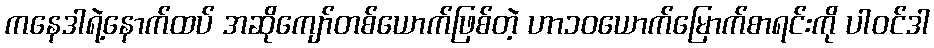
ကနေဒါရဲ့နောက်ထပ် အဆိုကျော်တစ်ယောက်ဖြစ်တဲ့ ဟာ၁၀ယောက်မြောက်စာရင်းကို ပါဝင်ဒါ